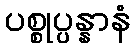
ပစ္စုပ္ပန္နာနံ